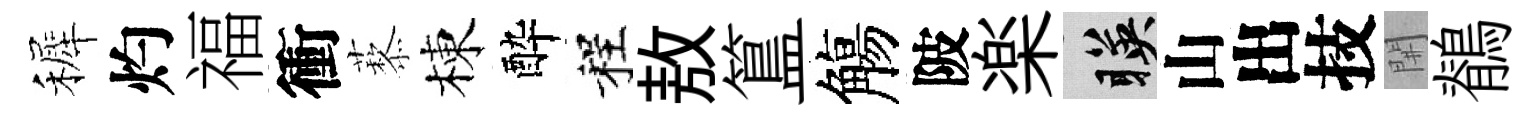
裤灼福衝藜棟酔程敖簋觴陂楽暎山出技𨳩鶺